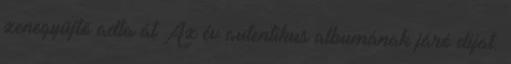
zenegyűjtő adta át Az év autentikus albumának járó díjat.